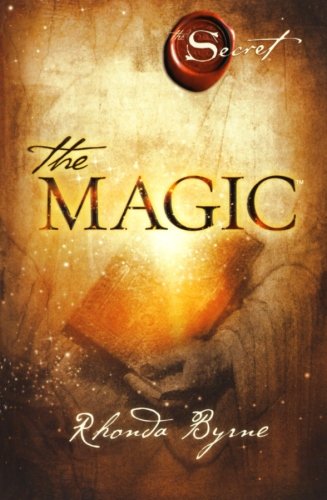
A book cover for The Magic (The Secret); Rhonda Byrne; Self-Help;